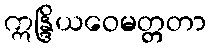
ဣန္ဒြိယဝေမတ္တတာ